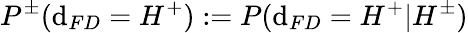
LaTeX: P^{\pm}(\mathrm{d}_{FD}=H^{+}):=P(\mathrm{d}_{FD}=H^{+}|H^{\pm})